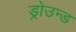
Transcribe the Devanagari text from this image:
ड्रोउन्ड